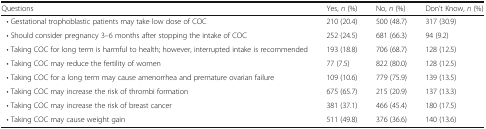
<table><thead><tr><td><b>Questions</b></td><td><b>Yes, <i>n</i> (%)</b></td><td><b>No, <i>n</i> (%)</b></td><td><b>Don’t Know, <i>n</i> (%)</b></td></tr></thead><tbody><tr><td> • Gestational trophoblastic patients may take low dose of COC</td><td>210 (20.4)</td><td>500 (48.7)</td><td>317 (30.9)</td></tr><tr><td> • Should consider pregnancy 3–6 months after stopping the intake of COC</td><td>252 (24.5)</td><td>681 (66.3)</td><td>94 (9.2)</td></tr><tr><td> • Taking COC for long term is harmful to health; however, interrupted intake is recommended</td><td>193 (18.8)</td><td>706 (68.7)</td><td>128 (12.5)</td></tr><tr><td> • Taking COC may reduce the fertility of women</td><td>77 (7.5)</td><td>822 (80.0)</td><td>128 (12.5)</td></tr><tr><td> • Taking COC for a long term may cause amenorrhea and premature ovarian failure</td><td>109 (10.6)</td><td>779 (75.9)</td><td>139 (13.5)</td></tr><tr><td> • Taking COC may increase the risk of thrombi formation</td><td>675 (65.7)</td><td>215 (20.9)</td><td>137 (13.3)</td></tr><tr><td> • Taking COC may increase the risk of breast cancer</td><td>381 (37.1)</td><td>466 (45.4)</td><td>180 (17.5)</td></tr><tr><td> • Taking COC may cause weight gain</td><td>511 (49.8)</td><td>376 (36.6)</td><td>140 (13.6)</td></tr></tbody></table>